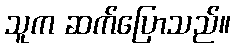
သူက ဆက်ပြောသည်။